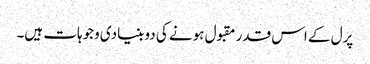
پرل کے اس قدر مقبول ہونے کی دو بنیادی وجوہات ہیں۔